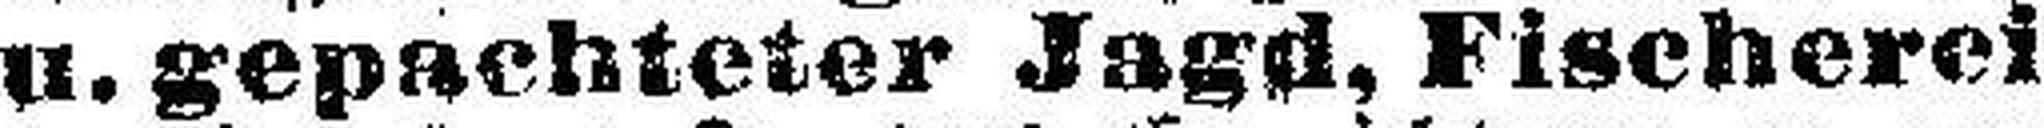
u. gepachteter Jagd, Fischerei